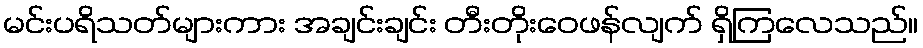
မင်းပရိသတ်များကား အချင်းချင်း တီးတိုးဝေဖန်လျက် ရှိကြလေသည်။